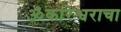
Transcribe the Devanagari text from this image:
ॐकारेश्वराचा